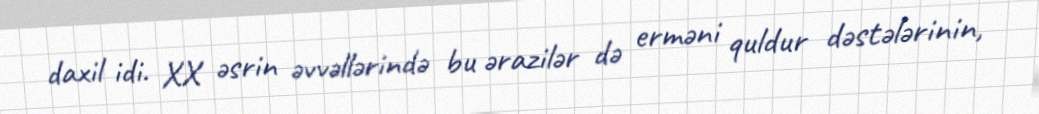
daxil idi. XX əsrin əvvəllərində bu ərazilər də erməni quldur dəstələrinin,